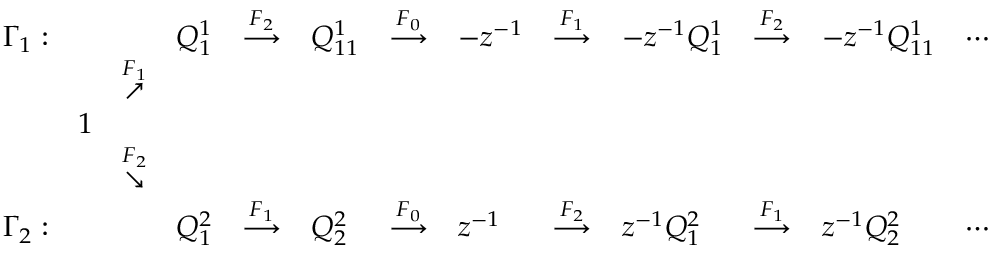
\begin{array} { l l l l l l l l l l l l l } { { \Gamma _ { 1 } : } } & { { } } & { { } } & { { Q _ { 1 } ^ { 1 } } } & { { \stackrel { F _ { 2 } } { \longrightarrow } } } & { { Q _ { 1 1 } ^ { 1 } } } & { { \stackrel { F _ { 0 } } { \longrightarrow } } } & { { - z ^ { - 1 } } } & { { \stackrel { F _ { 1 } } { \longrightarrow } } } & { { - z ^ { - 1 } Q _ { 1 } ^ { 1 } } } & { { \stackrel { F _ { 2 } } { \longrightarrow } } } & { { - z ^ { - 1 } Q _ { 1 1 } ^ { 1 } } } & { { \cdots } } \\ { { } } & { { } } & { { \stackrel { F _ { 1 } } { \nearrow } } } & { { } } & { { } } & { { } } & { { } } & { { } } & { { } } & { { } } & { { } } & { { } } & { { } } \\ { { } } & { { 1 } } & { { } } & { { } } & { { } } & { { } } & { { } } & { { } } & { { } } & { { } } & { { } } & { { } } & { { } } \\ { { } } & { { } } & { { \stackrel { F _ { 2 } } { \searrow } } } & { { } } & { { } } & { { } } & { { } } & { { } } & { { } } & { { } } & { { } } & { { } } & { { } } \\ { { \Gamma _ { 2 } : } } & { { } } & { { } } & { { Q _ { 1 } ^ { 2 } } } & { { \stackrel { F _ { 1 } } { \longrightarrow } } } & { { Q _ { 2 } ^ { 2 } } } & { { \stackrel { F _ { 0 } } { \longrightarrow } } } & { { z ^ { - 1 } } } & { { \stackrel { F _ { 2 } } { \longrightarrow } } } & { { z ^ { - 1 } Q _ { 1 } ^ { 2 } } } & { { \stackrel { F _ { 1 } } { \longrightarrow } } } & { { z ^ { - 1 } Q _ { 2 } ^ { 2 } } } & { { \cdots } } \end{array}